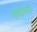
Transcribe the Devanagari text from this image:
भावाभिनय